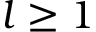
l \geq 1